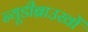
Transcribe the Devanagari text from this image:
न्यूडीब्राउखों